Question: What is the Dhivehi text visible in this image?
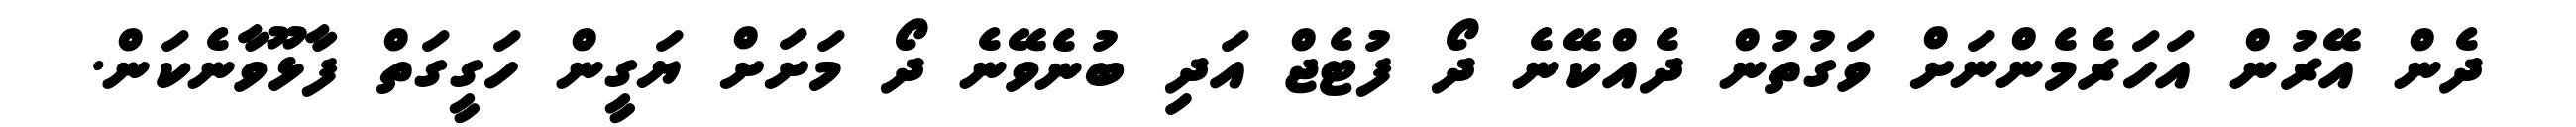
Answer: ދެން އޭރުން އަހަރެމެންނަށް ވަގުތުން ދެއްކޭނެ ދޯ ފުޓެޖް އަދި ބުނެވޭނެ ދޯ މަށަށް ޔަގީން ހަގީގަތް ފާޅޫވާނެކަން.